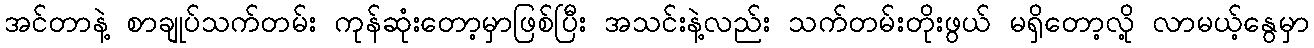
အင်တာနဲ့ စာချုပ်သက်တမ်း ကုန်ဆုံးတော့မှာဖြစ်ပြီး အသင်းနဲ့လည်း သက်တမ်းတိုးဖွယ် မရှိတော့လို့ လာမယ့်နွေမှာ